Lunatic asylums Central Provinces reports 1910-1926 - 1910-1926
Year: 1910
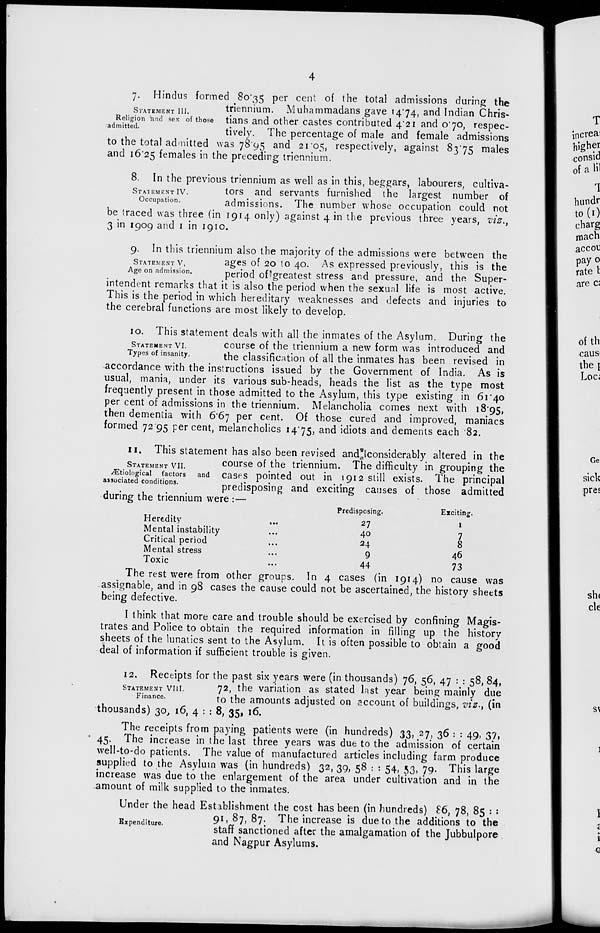
4
STATEMENT III.
Religion and sex of those
admitted.
7. Hindus formed 80.35 per cent of the total admissions during the
triennium. Muhammadans gave 14.74, and Indian Chris-
tians and other castes contributed 4.21 and 0.70, respec-
tively. The percentage of male and female admissions
to the total admitted was 78.95 and 21.05, respectively, against 83.75 males
and 16.25 females in the preceding triennium.
STATEMENT IV.
Occupation.
8. In the previous triennium as well as in this, beggars, labourers, cultiva-
tors and servants furnished the largest number of
admissions. The number whose occupation could not
be traced was three (in 1914 only) against 4 in the previous three years, viz.,
3 in 1909 and 1 in 1910.
STATEMENT V.
Age on admission.
9. In this triennium also the majority of the admissions were between the
ages of 20 to 40. As expressed previously, this is the
period of greatest stress and pressure, and the Super-
intendent remarks that it is also the period when the sexual life is most active.
This is the period in which hereditary weaknesses and defects and injuries to
the cerebral functions are most likely to develop.
STATEMENT VI.
Types of insanity.
10. This statement deals with all the inmates of the Asylum. During the
course of the triennium a new form was introduced and
the classification of all the inmates has been revised in
accordance with the instructions issued by the Government of India. As is
usual, mania, under its various sub-heads, heads the list as the type most
frequently present in those admitted to the Asylum, this type existing in 61.40
per cent of admissions in the triennium. Melancholia comes next with 18.95,
then dementia with 6.67 per cent. Of those cured and improved, maniacs
formed 72.95 per cent, melancholics 14.75, and idiots and dements each 82.
STATEMENT VII.
Ætiological
factors
and
associated conditions.
11. This statement has also been revised and considerably altered in the
course of the triennium. The difficulty in grouping the
cases pointed out in 1912 still exists. The principal
predisposing and exciting causes of those admitted
during the triennium were :—
Heredity ...
Mental instability ...
Critical period ...
Mental stress ...
Toxic ...
Predisposing.
27
40
24
9
44
Exciting.
1
7
8
46
73
The rest were from other groups. In 4 cases (in 1914) no cause was
assignable, and in 98 cases the cause could not be ascertained, the history sheets
being defective.
I think that more care and trouble should be exercised by confining Magis-
trates and Police to obtain the required information in filling up the history
sheets of the lunatics sent to the Asylum. It is often possible to obtain a good
deal of information if sufficient trouble is given.
STATEMENT VIII.
Finance.
12. Receipts for the past six years were (in thousands) 76, 56, 47 : : 58, 84,
72, the variation as stated last year being mainly due
to the amounts adjusted on account of buildings, viz., (in
thousands) 30, 16, 4 :: 8, 35, 16.
The receipts from paying patients were (in hundreds) 33, 27, 36 : : 49, 37,
45. The increase in the last three years was due to the admission of certain
well-to-do patients. The value of manufactured articles including farm produce
supplied to the Asylum was (in hundreds) 32, 39, 58 : : 54, 53, 79. This large
increase was due to the enlargement of the area under cultivation and in the
amount of milk supplied to the inmates.
Expenditure.
Under the head Establishment the cost has been (in hundreds) 86, 78, 85 : :
91, 87, 87. The increase is due to the additions to the
staff sanctioned after the amalgamation of the Jubbulpore
and Nagpur Asylums.